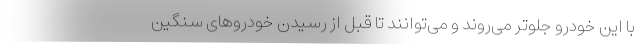
با این خودرو جلوتر می‌روند و می‌توانند تا قبل از رسیدن خودروهای سنگین